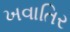
ખવાતિર